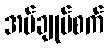
အပ်ချုပ်စက်